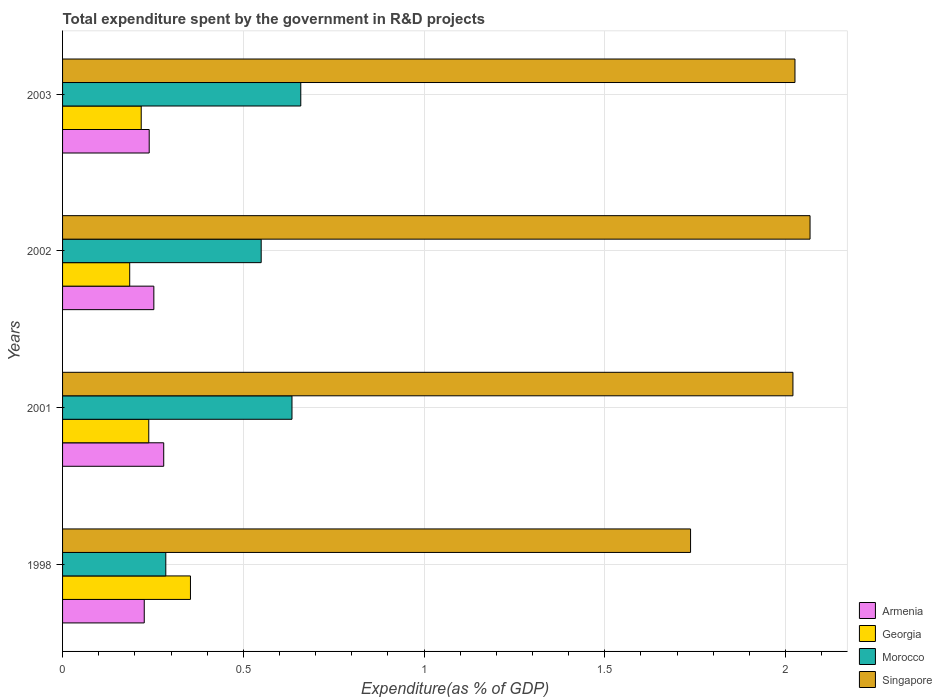
| Years | Armenia | Georgia | Morocco | Singapore |
 | --- | --- | --- | --- | --- |
 | 1998 | 0.226 | 0.354 | 0.286 | 1.74 |
 | 2001 | 0.28 | 0.238 | 0.635 | 2.02 |
 | 2002 | 0.253 | 0.186 | 0.55 | 2.07 |
 | 2003 | 0.24 | 0.218 | 0.659 | 2.03 |